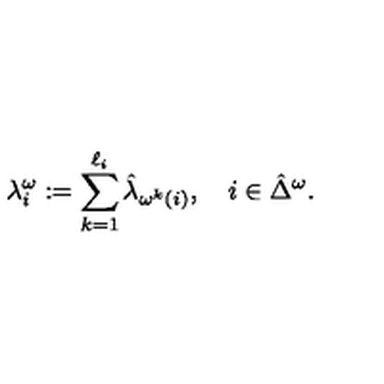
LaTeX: \lambda _ { i } ^ { \omega } : = \sum _ { k = 1 } ^ { \ell _ { i } } \hat { \lambda } _ { \omega ^ { k } ( i ) } , \quad i \in \hat { \Delta } ^ { \omega } .